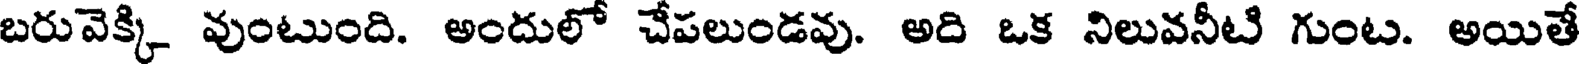
బరువెక్కి వుంటుంది. అందులో చేపలుండవు. అది ఒక నిలువనీటి గుంట. అయితే